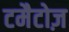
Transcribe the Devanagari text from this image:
टमैटोज़